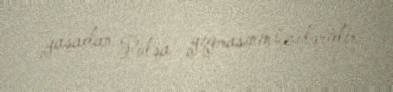
yaşadan Polşa yığmasının üzvləridir.